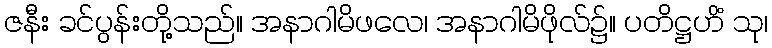
ဇနီး ခင်ပွန်းတို့သည်။ အနာဂါမိဖလေ၊ အနာဂါမိဖိုလ်၌။ ပတိဋ္ဌဟိံ သု၊